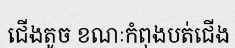
ជើងតូច ខណៈកំពុងបត់ជើង